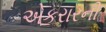
એકરારની